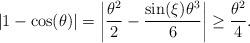
LaTeX: \begin{align*}\left|1-\cos(\theta)\right|=\left|\frac{\theta^{2}}{2}-\frac{\sin(\xi)\theta^{3}}{6}\right|\geq\frac{\theta^{2}}{4}.\end{align*}